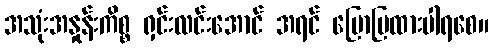
အသုံးအနှုန်းကိစ္စ ရှင်းလင်းအောင် အရင် ပြောပြထားပါရစေ။